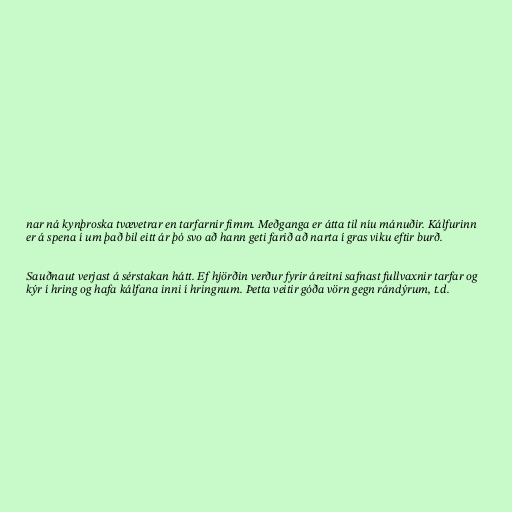
nar ná kynþroska tvævetrar en tarfarnir fimm. Meðganga er átta til níu mánuðir. Kálfurinn
er á spena í um það bil eitt ár þó svo að hann geti farið að narta í gras viku eftir burð.

Sauðnaut verjast á sérstakan hátt. Ef hjörðin verður fyrir áreitni safnast fullvaxnir tarfar og
kýr í hring og hafa kálfana inni í hringnum. Þetta veitir góða vörn gegn rándýrum, t.d.